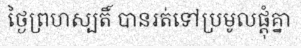
ថ្ងៃព្រហស្បតិ៍ បានរត់ទៅប្រមូលផ្តុំគ្នា